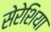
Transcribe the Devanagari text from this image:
सेरेशिया